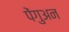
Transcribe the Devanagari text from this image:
पेंगुअन